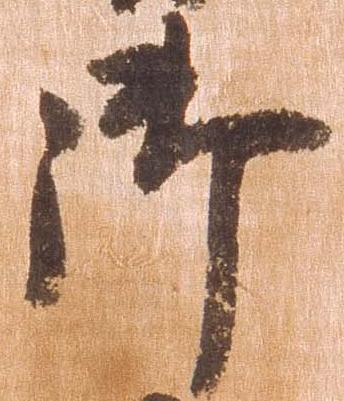
御